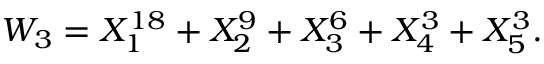
W _ { 3 } = X _ { 1 } ^ { 1 8 } + X _ { 2 } ^ { 9 } + X _ { 3 } ^ { 6 } + X _ { 4 } ^ { 3 } + X _ { 5 } ^ { 3 } .